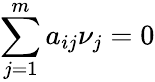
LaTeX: \sum_{j=1}^{m}a_{ij}\nu_{j}=0